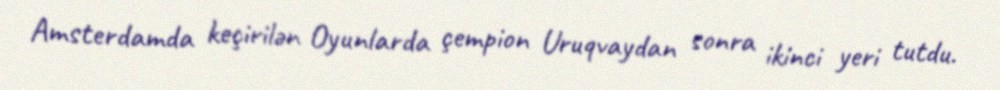
Amsterdamda keçirilən Oyunlarda çempion Uruqvaydan sonra ikinci yeri tutdu.